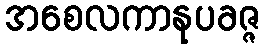
အစေလကာနုပခဇ္ဇ